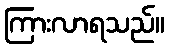
ကြားလာရသည်။